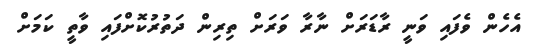
އެހެން ވެފައި ވަނީ ރާޑަރަށް ނާރާ ވަރަށް ތިރިން ދަތުރުކޮށްފައި ވާތީ ކަމަށް